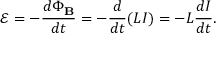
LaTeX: { \mathcal { E } } = - { \frac { d \Phi _ { \mathbf { B } } } { d t } } = - { \frac { d } { d t } } ( L I ) = - L { \frac { d I } { d t } } .